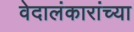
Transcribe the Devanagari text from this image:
वेदालंकारांच्या